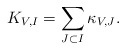
\begin{align*}K_{V,I} = \sum_{J\subset I} \kappa_{V, J}.\end{align*}